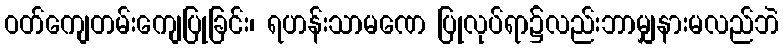
ဝတ်ကျေတမ်းကျေပြုခြင်း၊ ရဟန်းသာမဏေ ပြုလုပ်ရာ၌လည်းဘာမျှနားမလည်ဘဲ